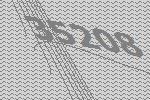
35208